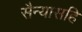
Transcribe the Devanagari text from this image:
सैन्यासहि